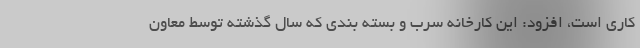
کاری است، افزود: این کارخانه سرب و بسته بندی که سال گذشته توسط معاون